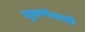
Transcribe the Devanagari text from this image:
जुळणेसाठी